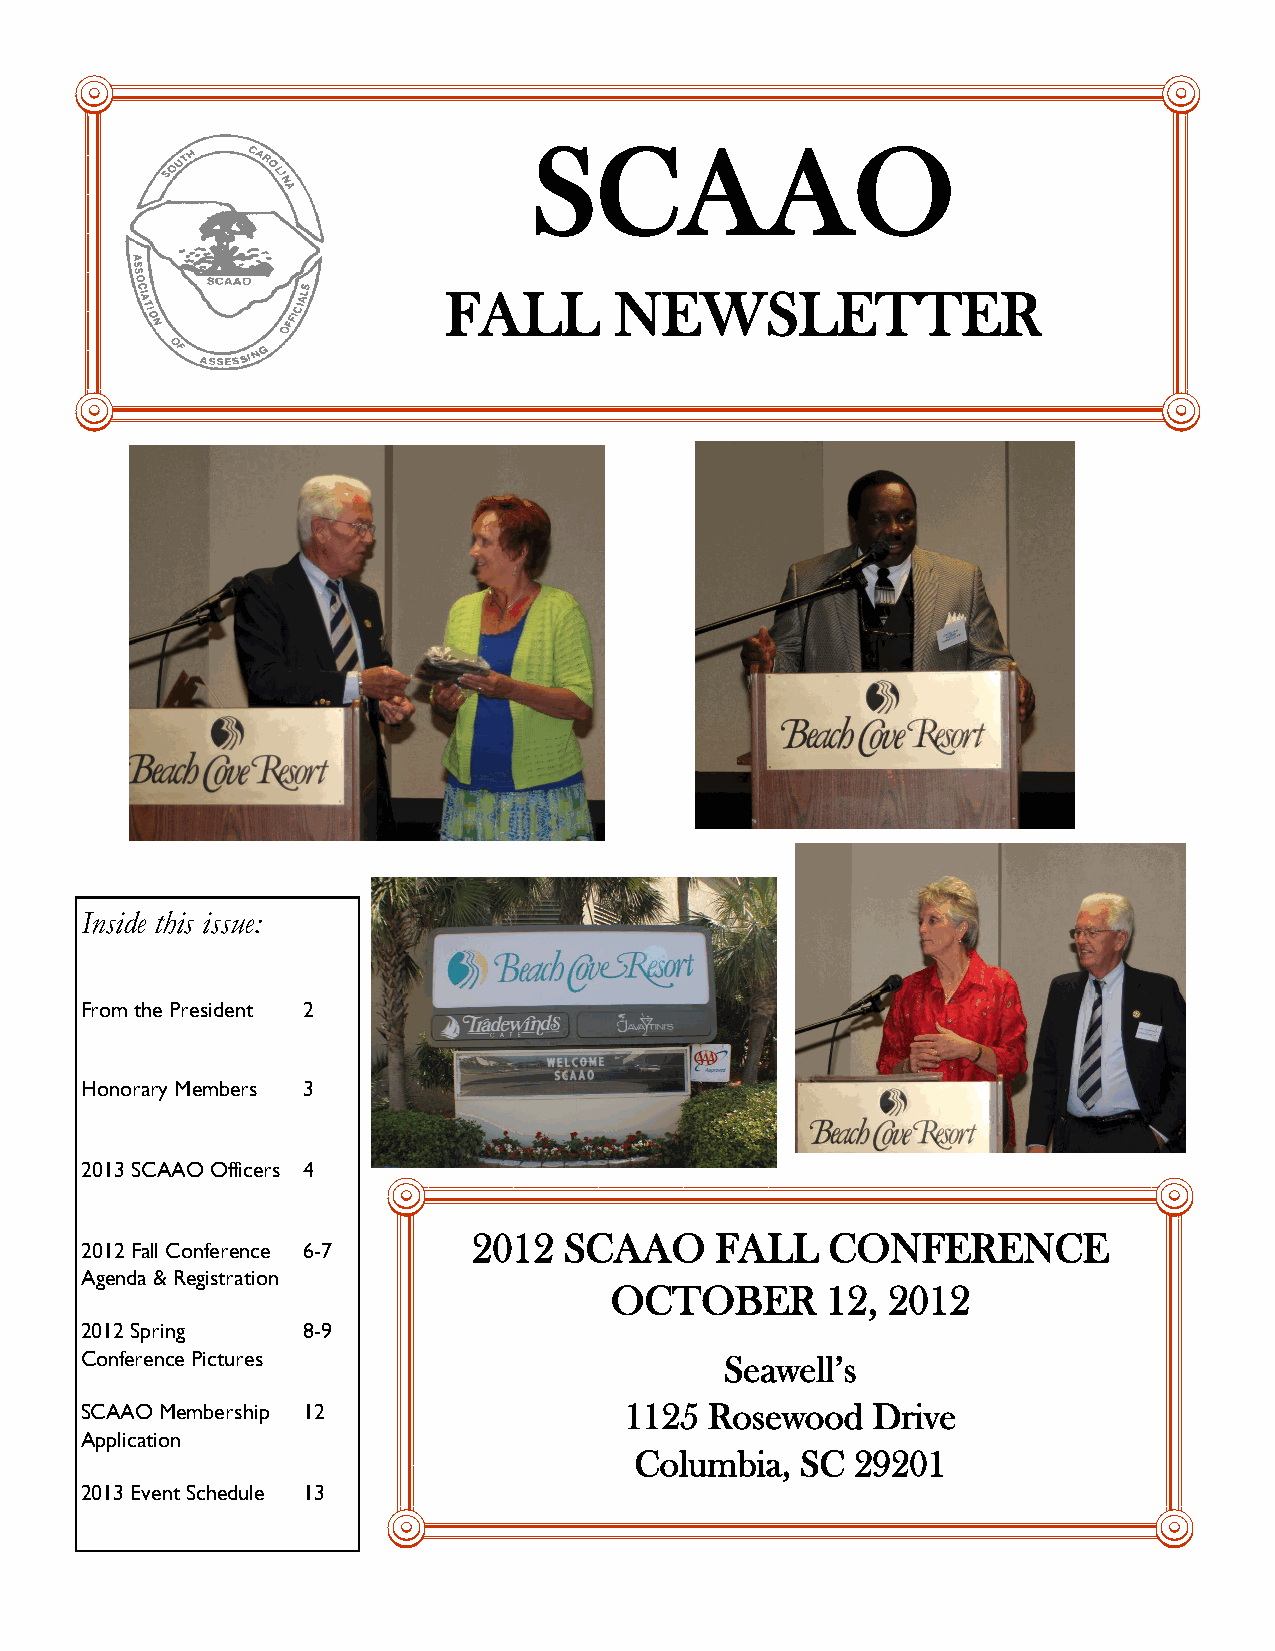
SCAAO
 FALL        NEWSLETTER
 Inside this issue:
 From the President 2
 Honorary Members 3
 2013 SCAAO Officers 4
 2012  SCAAO     FALL    CONFERENCE
 2012 Fall Conference 6-7
 Agenda & Registration
 OCTOBER        12, 2012
 2012 Spring    8-9
 Conference Pictures                        Seaw ell’s
 SCAAO Membership 12                 1125  Rosewood   Drive
 Application
 Columbia,  SC  29201
 2013 Event Schedule 13